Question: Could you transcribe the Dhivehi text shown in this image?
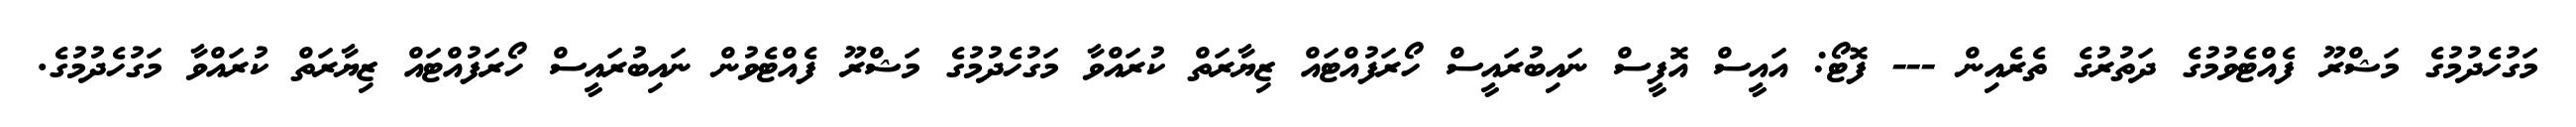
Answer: މަގުހެދުމުގެ މަޝްރޫ ފެއްޓެވުމުގެ ދަތުރުގެ ތެރެއިން --- ފޮޓޯ: އައީސް އޮފީސް ނައިބުރައީސް ހޯރަފުއްޓައް ޒިޔާރަތް ކުރައްވާ މަގުހެދުމުގެ މަޝްރޫ ފެއްޓެވުން ނައިބުރައީސް ހޯރަފުއްޓައް ޒިޔާރަތް ކުރައްވާ މަގުހެދުމުގެ.